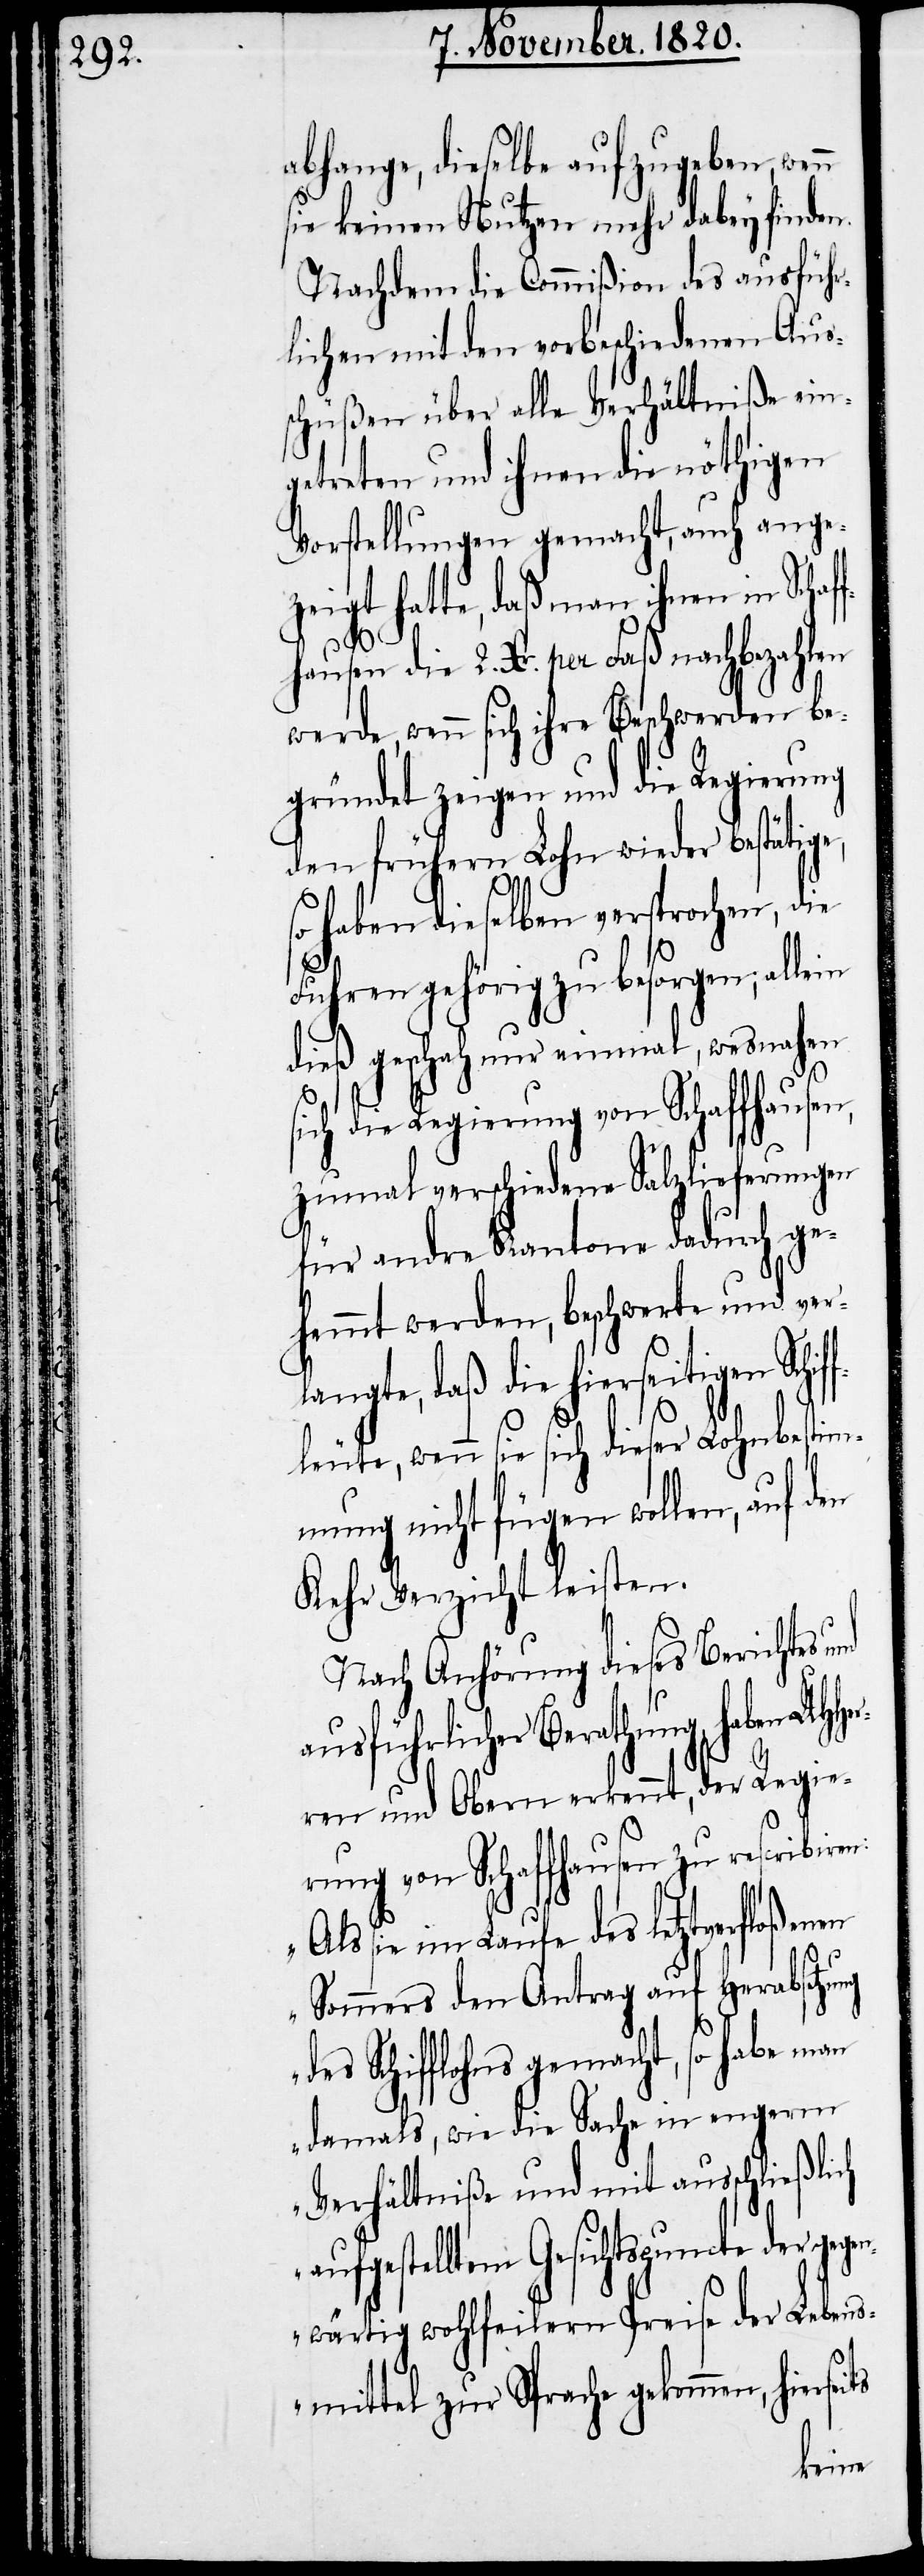
abhange, dieselbe aufzugeben, wenn
sie keinen Nutzen mehr dabey finden.
Nachdem die Commißion des ausführ¬
lichen mit den vorbeschiedenen Aus¬
schüßen über alle Verhältniße ein¬
getreten und ihnen die nöthigen
Vorstellungen gemacht, auch angez¬
eigt hatte, daß man ihnen in Schaf¬
fhausen die 2. Xr. per Faß nachbezahlen
werde, wenn sich ihre Beschwerden be¬
gründet zeigen und die Regierung
den frühern Lohn wieder bestätig¬
so haben dieselben versprochen, die
Fuhren gehörig zu besorgen, allein
dieß geschah nur einmal, wesnahen s¬
ich die Regierung von Schaffhausen,
zumal verschiedene Salzlieferungen
für andre Kantone dadurch ge¬
hemmt werden, beschwert und ver¬
langte, daß die hierseitigen Schif¬
wenn sie sich dieser Lohnbestim¬
mung nicht fügen wollen, auf
Kehr Verzicht leisten.
Nach Anhörung dieses Berichtes
ausführlicher Berathung, haben UH¬
ren und Obern erkennt, der Regie¬
rung von Schaffhausen zu rescibiren:
„Als sie im Laufe des letztverfloßenen
Sommers den Antrag auf Herabsetzung
des Schifflohns gemacht, so habe man
damals, wie die Sache in engerm
Verhältniße und mit ausschließlich
aufgestellten Gesichtspuncte der ge¬
genwärtig wohlfeilern Preise der Lebens¬
mittel zur Sprache gekommen, hier¬
seits